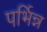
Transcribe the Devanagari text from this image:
पर्भिन्न